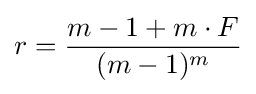
r={\frac {m-1+m\cdot F}{(m-1)^{m}}}